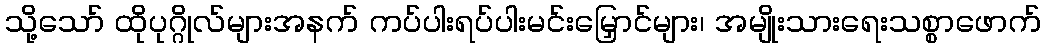
သို့သော် ထိုပုဂ္ဂိုလ်များအနက် ကပ်ပါးရပ်ပါးမင်းမြှောင်များ၊ အမျိုးသားရေးသစ္စာဖောက်